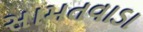
સામતવાડા